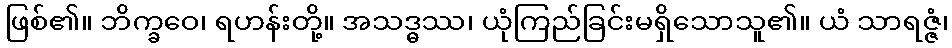
ဖြစ်၏။ ဘိက္ခဝေ၊ ရဟန်းတို့။ အသဒ္ဓဿ၊ ယုံကြည်ခြင်းမရှိသောသူ၏။ ယံ သာရဇ္ဇံ၊